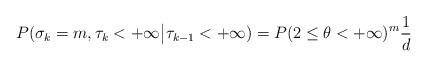
LaTeX: \begin{align*}P(\sigma_k=m,\tau_k<+\infty\big|\tau_{k-1}<+\infty)=P(2\leq \theta<+\infty)^m\frac{1}{d}\end{align*}